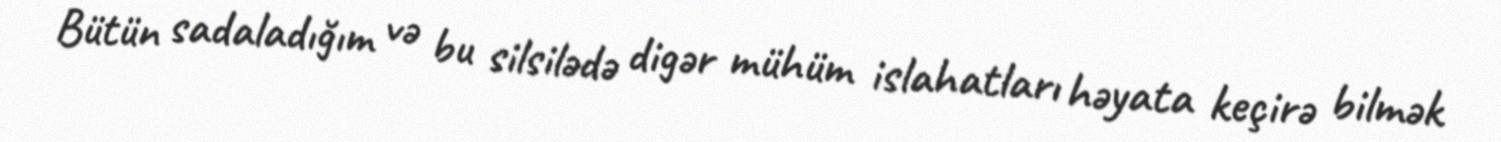
Bütün sadaladığım və bu silsilədə digər mühüm islahatları həyata keçirə bilmək